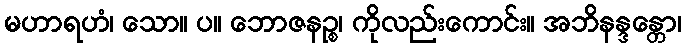
မဟာရဟံ၊ သော။ ပ။ ဘောဇနဉ္စ၊ ကိုလည်းကောင်း။ အဘိနန္ဒန္တော၊